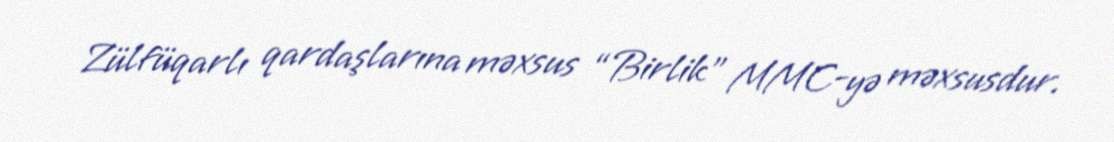
Zülfüqarlı qardaşlarına məxsus “Birlik” MMC-yə məxsusdur.